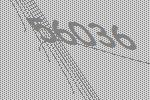
56036